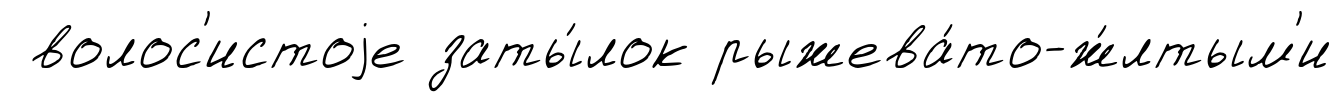
волос'истоjе заты́лок рыжева́то-ж́лтым'и